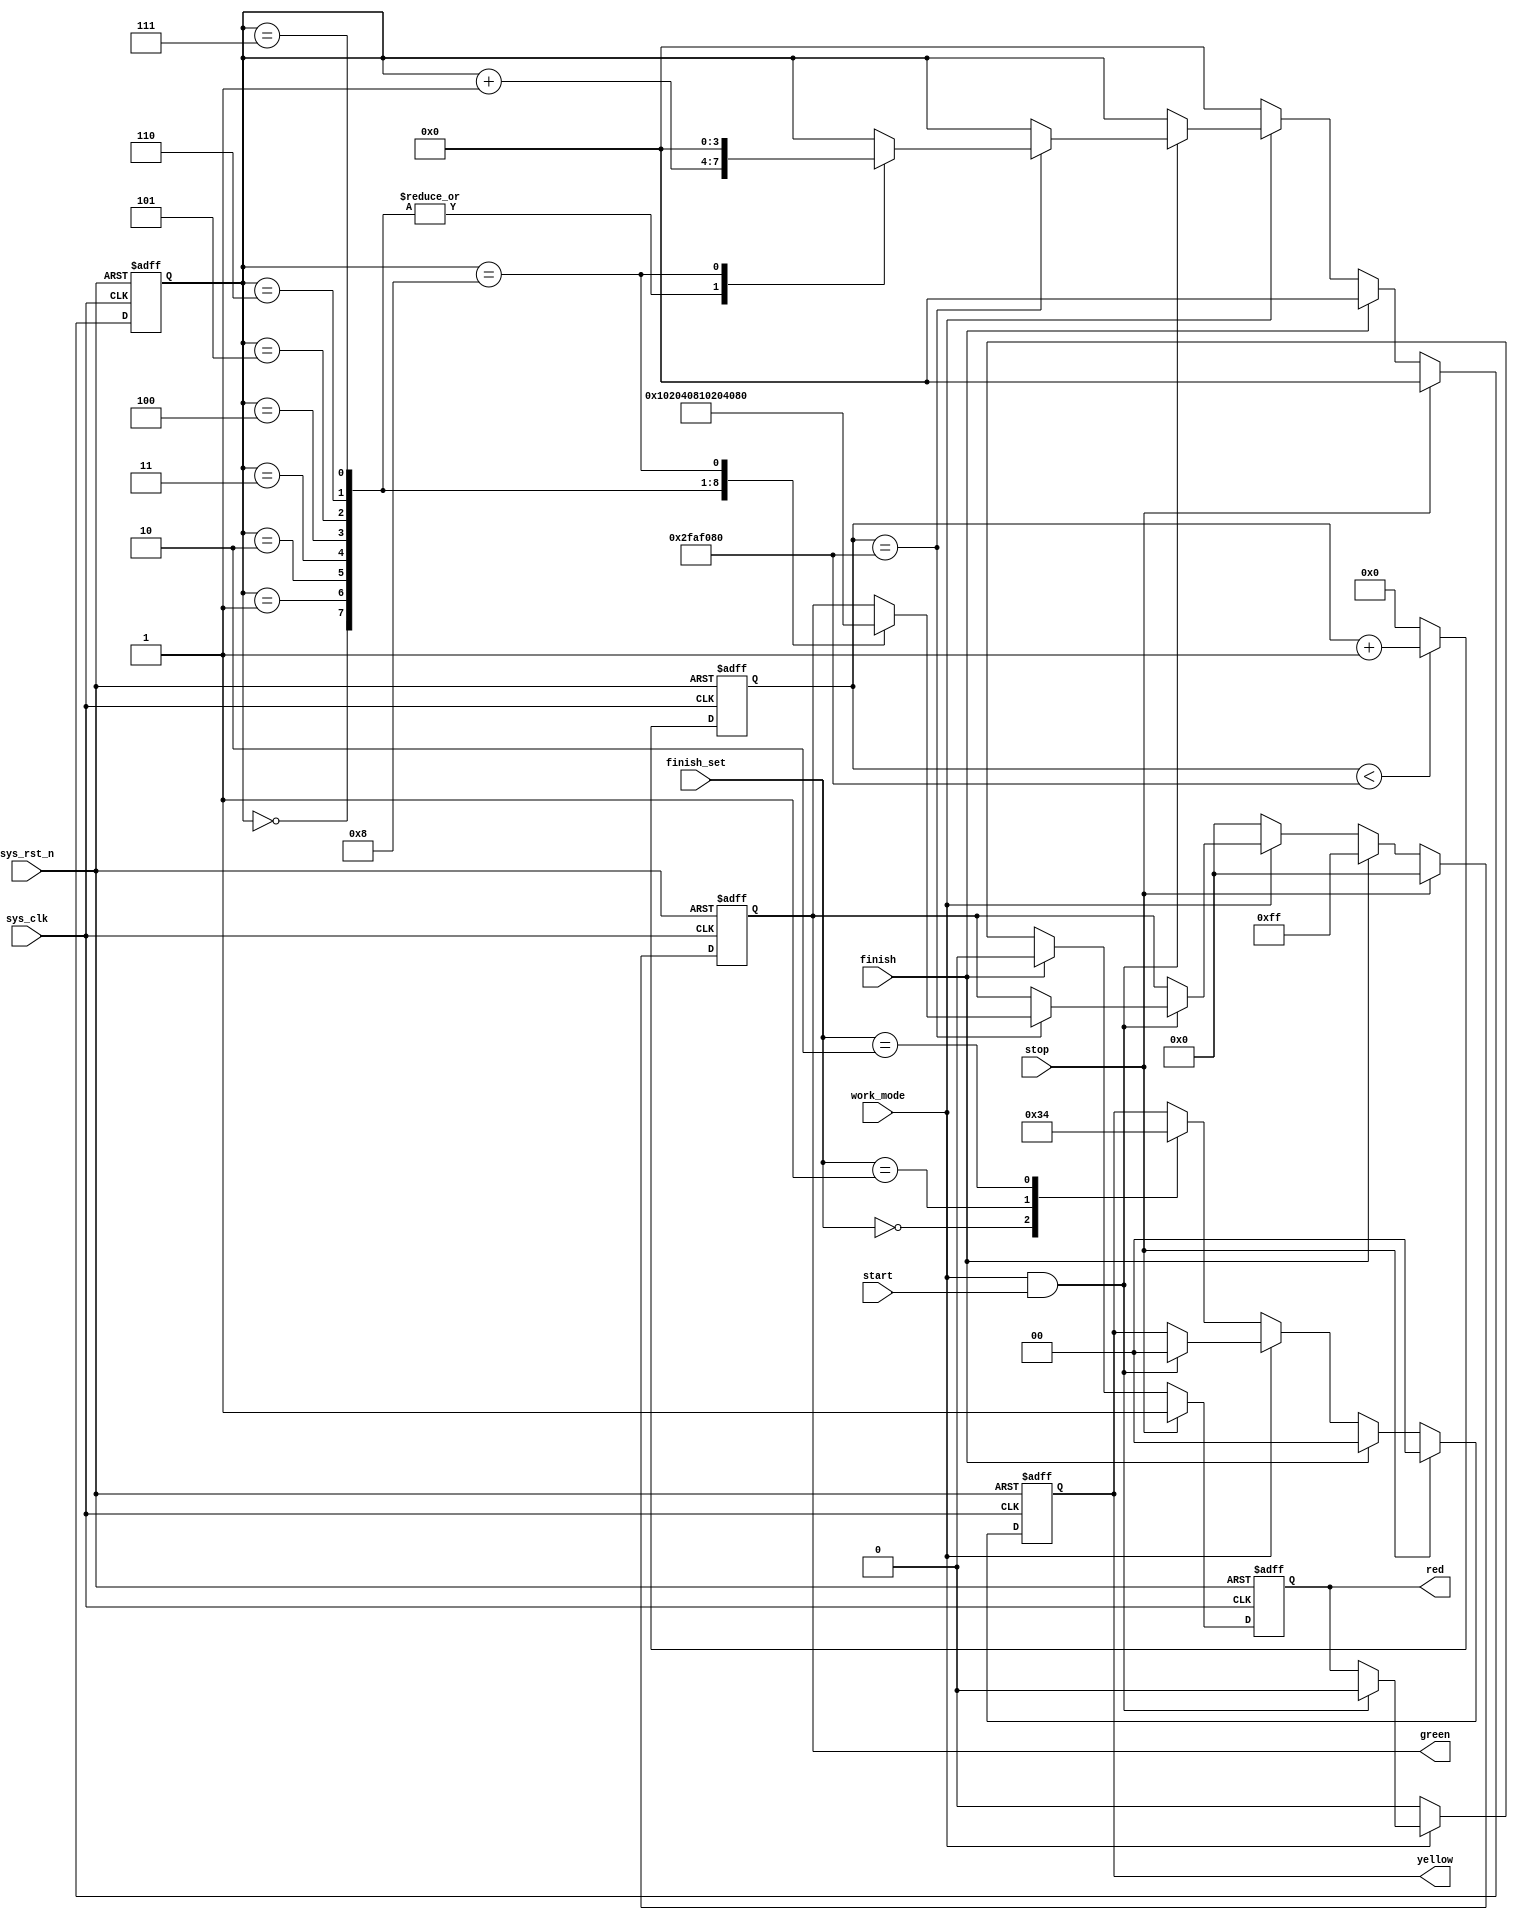
`timescale 1ns / 1ps
//////////////////////////////////////////////////////////////////////////////////
// Company: 
// Engineer: 
// 
// Design Name: 
// Module Name: light_control
// Project Name: 
// Target Devices: 
// Tool Versions: 
// Description: 
// 
// Dependencies: 
// 
// Revision:
// Revision 0.01 - File Created
// Additional Comments:
// 
//////////////////////////////////////////////////////////////////////////////////


module light_control(
input                  sys_clk         , 
input                  sys_rst_n       ,

input                  finish          ,      //
input                  stop            ,      //
input                  work_mode       ,      //
input                  start           ,
input       wire[1:0] finish_set       ,

output      reg         red            ,      //,
output      reg[7:0]    green          ,      //
output      reg[1:0]    yellow                //
    );

parameter setting       = 1'b0;       // 
parameter working       = 1'b1;       // 

parameter green_0       =8'b00000000;
parameter green_1       =8'b00000001;
parameter green_2       =8'b00000010;
parameter green_3       =8'b00000100;
parameter green_4       =8'b00001000;
parameter green_5       =8'b00010000;
parameter green_6       =8'b00100000;
parameter green_7       =8'b01000000;
parameter green_8       =8'b10000000;
parameter green_all     =8'b11111111;


reg     [3:0]   cnt;
reg     [25:0]  cnt_1;
    
always @(posedge sys_clk or negedge sys_rst_n) begin
        if (sys_rst_n == 1'b0) begin
            green <= green_0;
            red <= 1'b0;
            yellow <= 2'b00; 
            cnt <= 4'd0;
        end
        else if(stop == 1'b1) begin     //
             green <= green_0;
             red <= 1'b1;
             yellow <= 2'b00;
             cnt <= 4'd0; 
        end
        else if(finish == 1'b1) begin    //
              green <= green_all;
              red <= 1'b0;
              yellow <= 2'b00;
              cnt <= 4'd0; 
        end
        else if(work_mode == setting) begin   //
              green <= green_0;
              red <= 1'b0;
              cnt <= 4'd0;
              case(finish_set) 
                2'd0 : begin
                    yellow <= 2'b11;
                end
                2'd1: begin
                    yellow <= 2'b01;
                end
                2'd2: begin
                    yellow <= 2'b00;
                end
              endcase              
        end
        else if(work_mode == working && start == 1) begin  //
               red <= 1'b0;   
               yellow <= 2'b00;
               if(cnt_1 == 26'd50_000_000) begin    //0.5s
                   case(cnt)
                    4'd0 : begin
                        cnt <= cnt + 1'd1;
                        green <= green_0;
                    end
                    4'd1 : begin
                         cnt <= cnt + 1'd1;
                         green <= green_1;
                    end
                    4'd2 : begin
                         cnt <= cnt + 1'd1;
                         green <= green_2;
                    end
                    4'd3 : begin
                         cnt <= cnt + 1'd1;
                         green <= green_3;
                    end
                    4'd4 : begin
                         cnt <= cnt + 1'd1;
                         green <= green_4;
                    end
                    4'd5 : begin
                         cnt <= cnt + 1'd1;
                         green <= green_5;
                    end
                    4'd6 : begin
                         cnt <= cnt + 1'd1;
                         green <= green_6;
                    end
                    4'd7 : begin
                         cnt <= cnt + 1'd1;
                         green <= green_7;
                    end
                    4'd8 : begin
                         cnt <= 4'd0;
                         green <= green_8;
                    end
                    default : ;
                   endcase                              
               end
        end
end

/*
 *10ns 100MHz,
 */
always @ (posedge sys_clk or negedge sys_rst_n) begin
   if(!sys_rst_n)
	   cnt_1 <= 26'd0;
	else begin
	   if(cnt_1 < 26'd50000000)
		   cnt_1 <= cnt_1 + 1'b1;
		else
		   cnt_1 <= 26'd0;
	end
	
end

endmodule